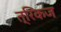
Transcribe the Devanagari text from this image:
त्रिकज